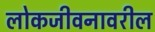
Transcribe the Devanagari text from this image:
लोकजीवनावरील